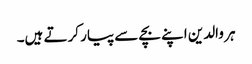
ہر والدین اپنے بچے سے پیار کرتے ہیں۔